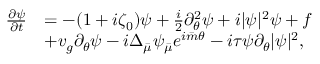
\begin{array} { r l } { \frac { \partial \psi } { \partial t } } & { = - ( 1 + i \zeta _ { 0 } ) \psi + \frac { i } { 2 } \partial _ { \theta } ^ { 2 } \psi + i | \psi | ^ { 2 } \psi + f } \\ & { + v _ { g } \partial _ { \theta } \psi - i \Delta _ { \bar { \mu } } \psi _ { \bar { \mu } } e ^ { i { \bar { m } } \theta } - i \tau \psi \partial _ { \theta } | \psi | ^ { 2 } , } \end{array}